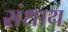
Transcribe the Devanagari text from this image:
संधाय